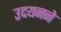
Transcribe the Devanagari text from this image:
उदयनने